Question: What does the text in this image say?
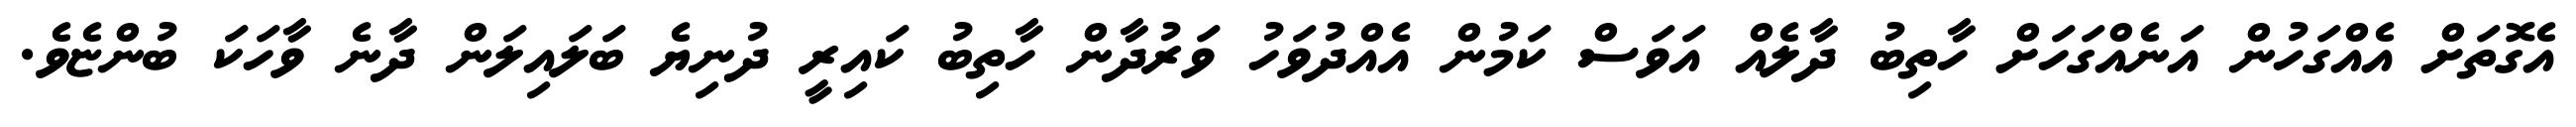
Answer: އެގޮތަށް އެއްގަހުން އަނެއްގަހަށް ހާތިބު ދާލެއް އަވަސް ކަމުން އެއްދުވަހު ވަރުދާން ހާތިބު ކައިރީ ދުނިޔެ ބަލައިލަން ދާނެ ވާހަކަ ބުންޏެވެ.